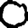
Digit: 0